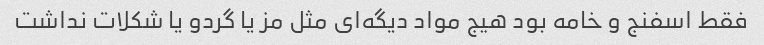
فقط اسفنج و خامه بود هیج مواد دیگه‌ای مثل مز یا گردو یا شکلات نداشت